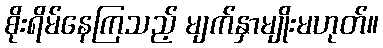
စိုးရိမ်နေကြသည့် မျက်နှာမျိုးမဟုတ်။